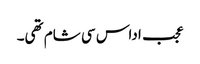
عجب اداس سی شام تھی۔